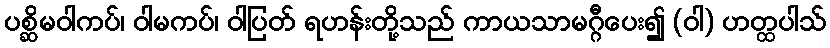
ပစ္ဆိမဝါကပ်၊ ဝါမကပ်၊ ဝါပြတ် ရဟန်းတို့သည် ကာယသာမဂ္ဂီပေး၍ (ဝါ) ဟတ္ထပါသ်